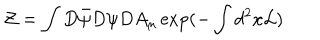
{ \cal Z } = \int D \bar { \psi } D \psi D A _ { \mu } \exp ( - \int d ^ { 2 } x { \cal L } )